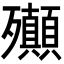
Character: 𣪀